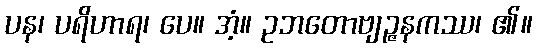
ပန၊ ပရိဟာရ၊ ပေ။ အံ့။ ဥဘတောဗျဉ္ဇနကဿ၊ ၏။